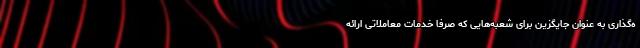
ه‌گذاری به عنوان جایگزین برای شعبه‌هایی که صرفا خدمات معاملاتی ارائه